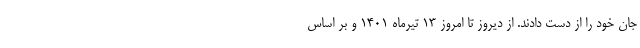
جان خود را از دست دادند. از دیروز تا امروز ۱۳ تیرماه ۱۴۰۱ و بر اساس